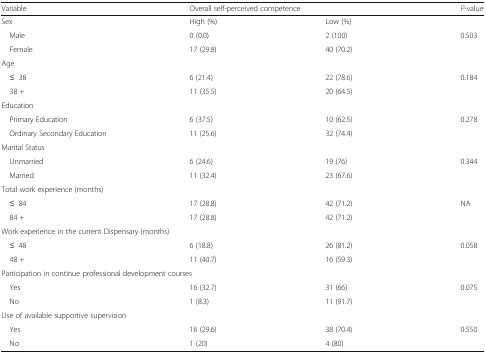
<table><thead><tr><td><b>Variable</b></td><td colspan="2"><b>Overall self-perceived competence</b></td><td><b><i>P</i>-value</b></td></tr></thead><tbody><tr><td>Sex</td><td>High (%)</td><td>Low (%)</td><td></td></tr><tr><td> Male</td><td>0 (0.0)</td><td>2 (100)</td><td>0.503</td></tr><tr><td> Female</td><td>17 (29.8)</td><td>40 (70.2)</td><td></td></tr><tr><td colspan="4">Age</td></tr><tr><td> ≤38</td><td>6 (21.4)</td><td>22 (78.6)</td><td>0.184</td></tr><tr><td> 38 +</td><td>11 (35.5)</td><td>20 (64.5)</td><td></td></tr><tr><td colspan="4">Education</td></tr><tr><td> Primary Education</td><td>6 (37.5)</td><td>10 (62.5)</td><td>0.278</td></tr><tr><td> Ordinary Secondary Education</td><td>11 (25.6)</td><td>32 (74.4)</td><td></td></tr><tr><td colspan="4">Marital Status</td></tr><tr><td> Unmarried</td><td>6 (24.6)</td><td>19 (76)</td><td>0.344</td></tr><tr><td> Married</td><td>11 (32.4)</td><td>23 (67.6)</td><td></td></tr><tr><td colspan="4">Total work experience (months)</td></tr><tr><td> ≤84</td><td>17 (28.8)</td><td>42 (71.2)</td><td>NA</td></tr><tr><td> 84 +</td><td>17 (28.8)</td><td>42 (71.2)</td><td></td></tr><tr><td colspan="4">Work experience in the current Dispensary (months)</td></tr><tr><td> ≤48</td><td>6 (18.8)</td><td>26 (81.2)</td><td>0.058</td></tr><tr><td> 48 +</td><td>11 (40.7)</td><td>16 (59.3)</td><td></td></tr><tr><td colspan="4">Participation in continue professional development courses</td></tr><tr><td> Yes</td><td>16 (32.7)</td><td>31 (66)</td><td>0.075</td></tr><tr><td> No</td><td>1 (8.3)</td><td>11 (91.7)</td><td></td></tr><tr><td colspan="4">Use of available supportive supervision</td></tr><tr><td> Yes</td><td>16 (29.6)</td><td>38 (70.4)</td><td>0.550</td></tr><tr><td> No</td><td>1 (20)</td><td>4 (80)</td><td></td></tr></tbody></table>